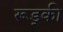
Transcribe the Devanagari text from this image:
रूड़्की